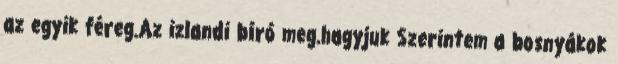
az egyik féreg.Az izlandi bíró meg.hagyjuk Szerintem a bosnyákok